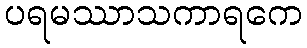
ပရမဿာသကာရကေ